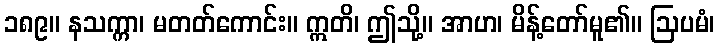
၁၈၉။ နသက္ကာ၊ မတတ်ကောင်း။ ဣတိ၊ ဤသို့။ အာဟ၊ မိန့်တော်မူ၏။ ဩပမံ၊